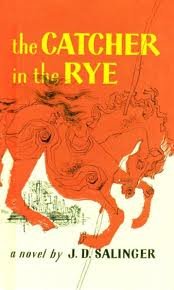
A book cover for The Catcher in the Rye; J. D. Salinger; Science Fiction & Fantasy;